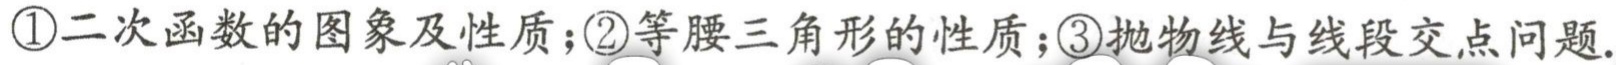
\textcircled{1}二次函数的图象及性质；\textcircled{2}等腰三角形的性质；\textcircled{3}抛物线与线段交点问题.